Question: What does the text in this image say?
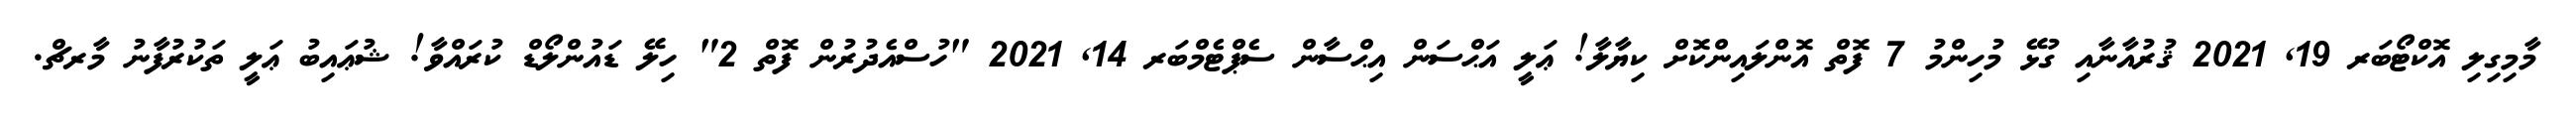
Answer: މާމިގިލި އޮކްޓޯބަރ 19, 2021 ޤުރުއާނާއި ގުޅޭ މުހިންމު 7 ފޮތް އޮންލައިންކޮށް ކިޔާލާ! ޢަލީ އަޙްސަން އިޙްސާން ސެޕްޓެމްބަރ 14, 2021 "ހުސްއެދުރުން ފޮތް 2" ހިލޭ ޑައުންލޯޑް ކުރައްވާ! ޝުޢައިބު ޢަލީ ތަކުރުފާނު މާރޗް.